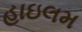
હાઇલમ